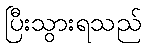
ပြီးသွားရသည်